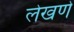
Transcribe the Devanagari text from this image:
लेखणे